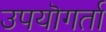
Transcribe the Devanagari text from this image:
उपयॊगर्ता